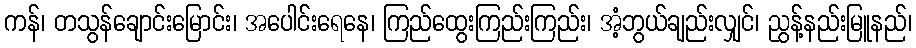
ကန်၊ တသွန်ချောင်းမြောင်း၊ အပေါင်းရေနေ၊ ကြည်ထွေးကြည်းကြည်း၊ အံ့ဘွယ်ချည်းလျှင်၊ ညွန့်နည်းမြူနည်၊